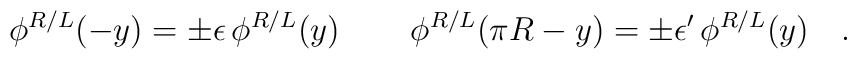
\phi^{R/L}(-y) = \pm \epsilon \, \phi^{R/L}(y) \,  \qquad\phi^{R/L}(\pi R -y) = \pm  \epsilon^\prime \, \phi^{R/L}(y)   \quad .